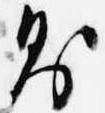
則